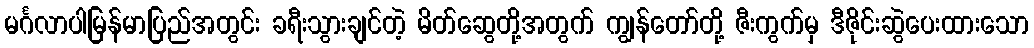
မင်္ဂလာပါမြန်မာပြည်အတွင်း ခရီးသွားချင်တဲ့ မိတ်ဆွေတို့အတွက် ကျွန်တော်တို့ ဇီးကွက်မှ ဒီဇိုင်းဆွဲပေးထားသော